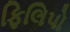
ફિલિપો